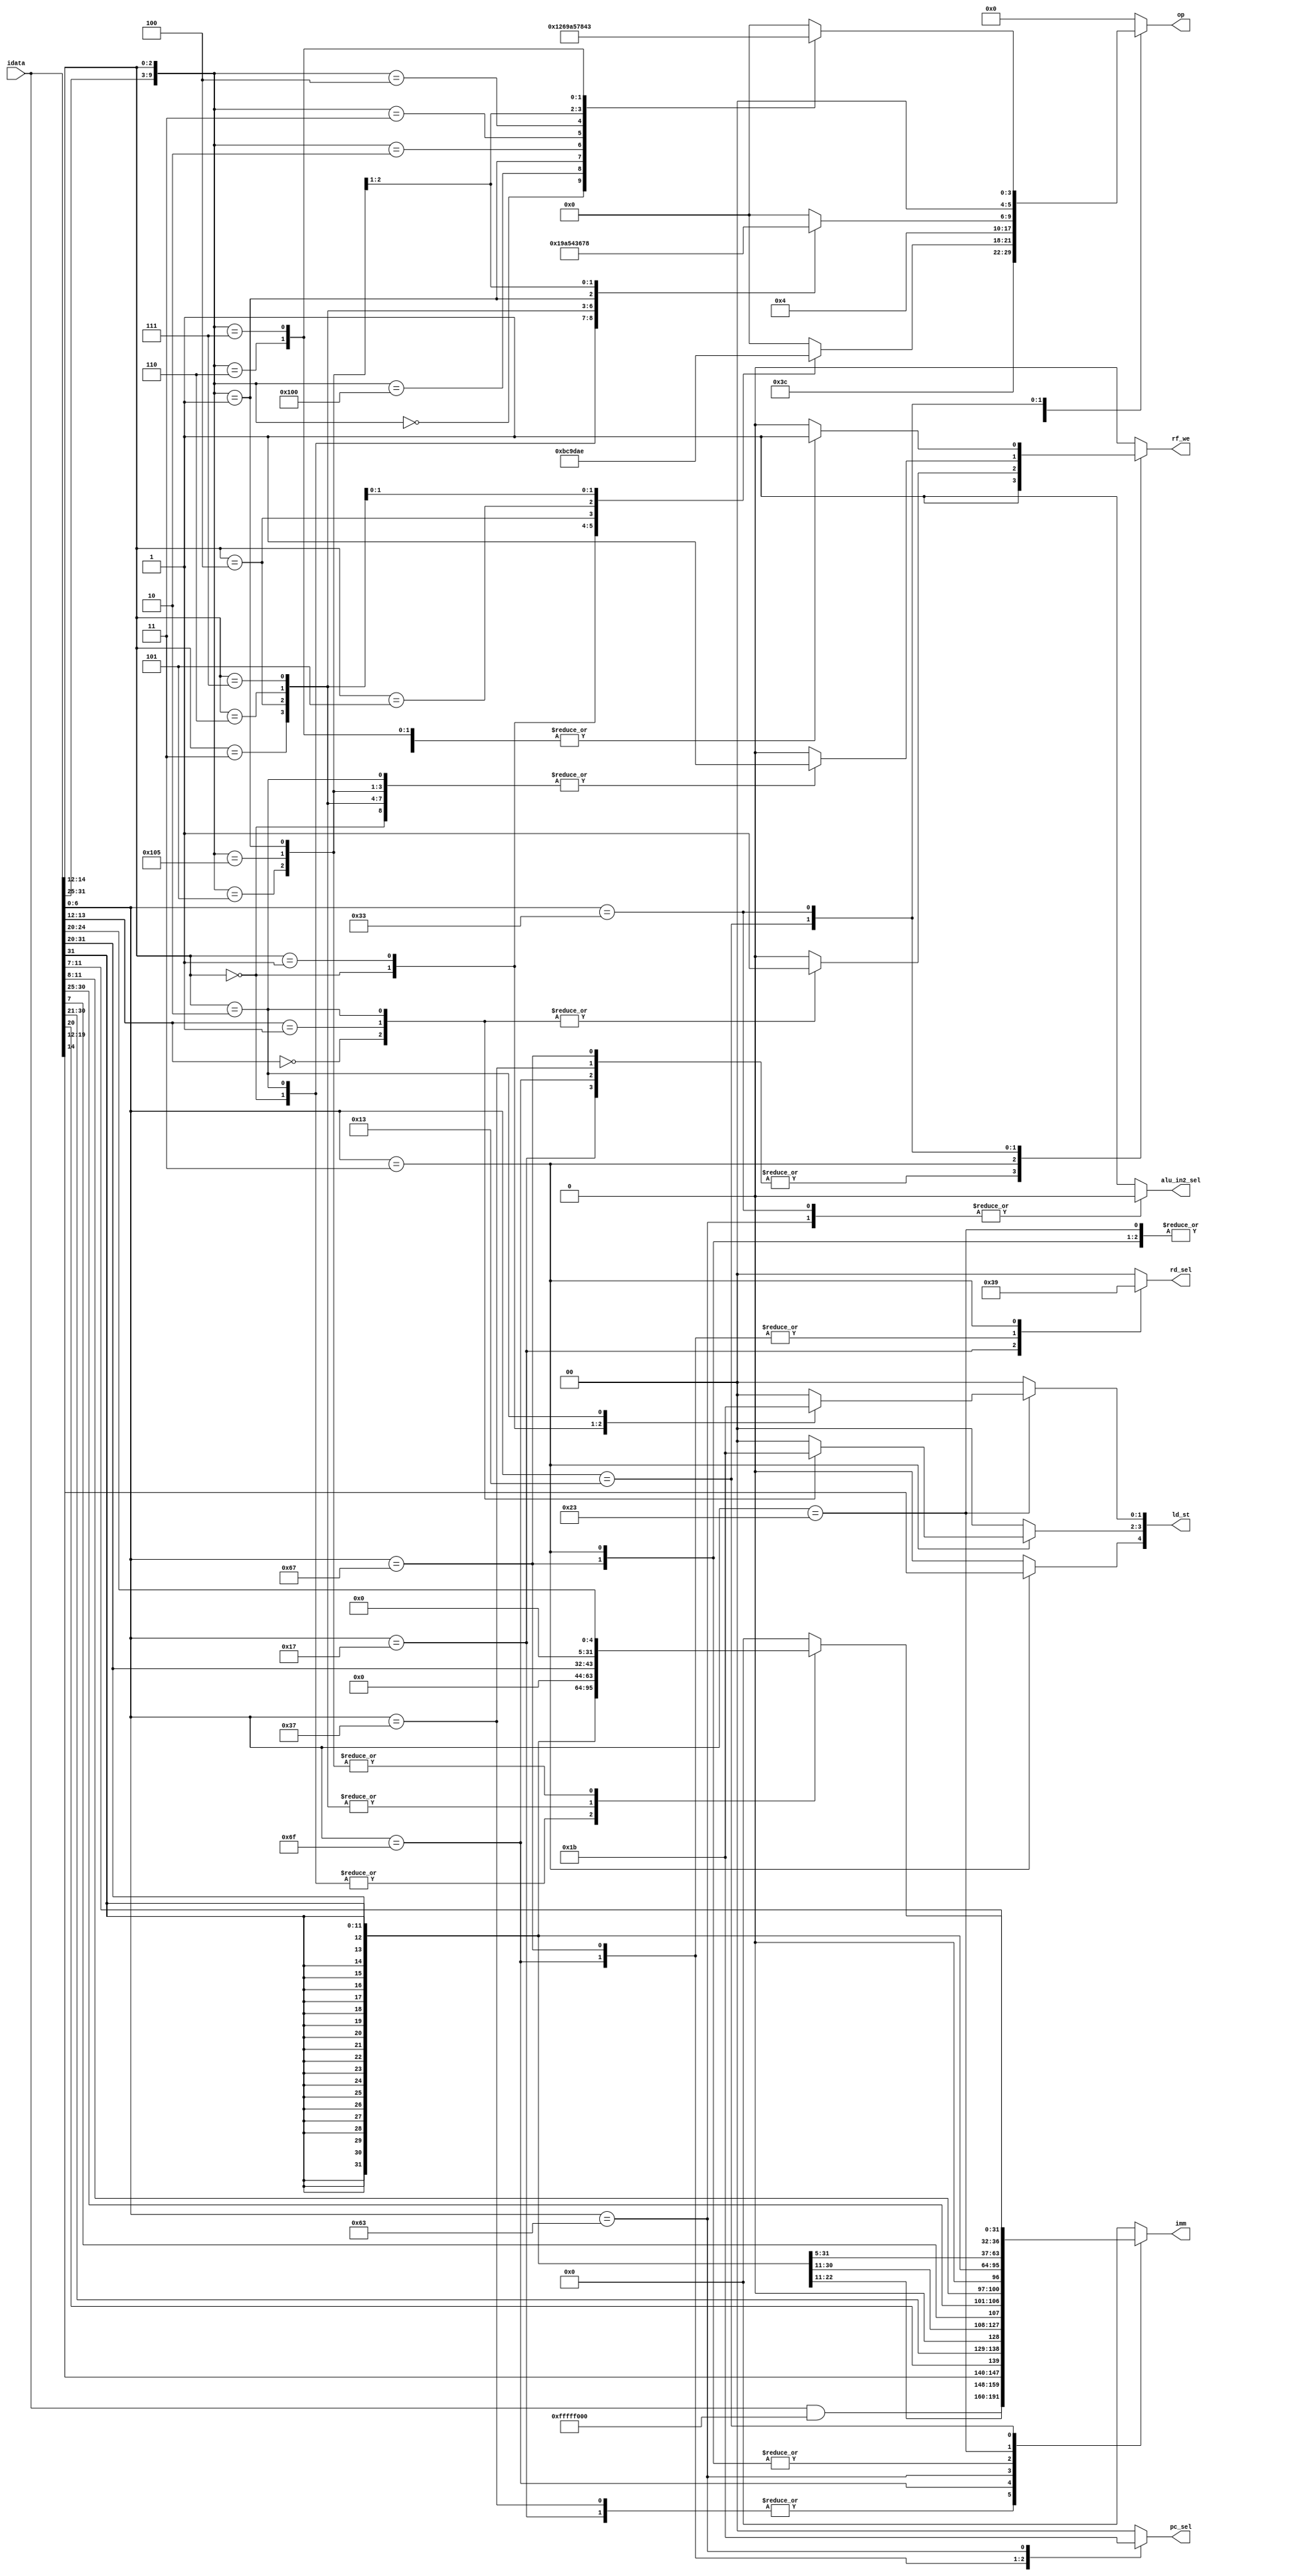
// `include "parameters.v"

module Decoder (

    input [31:0] idata,
    
    output reg [5:0] op,        // for alu
    output reg alu_in2_sel,
    output reg [31:0] imm,

    output reg [4:0] ld_st,    // for shifter
    
    output reg [1:0] rd_sel,
    output reg rf_we,           // we for rf
    output reg [1:0] pc_sel     
);
        
    always @(*) begin
        imm<=0;

        op<=0;
        alu_in2_sel<=1;//default input is imm
        
        rd_sel<=0;  // def output of alu
        rf_we<=0;   // def for rf_write
        
        pc_sel<=0;  //by default normal increment
        ld_st<=0;

        casez (idata[6:0])
            7'b0110111: begin // LUI
                            imm <= idata&32'hfffff000;
                            op <= 15;
                            rf_we<=1;
                        end
            7'b0010111: begin // AUIPC
                            imm <= idata&32'hfffff000;
                            rd_sel <= 3;
                            rf_we<=1;
                        end 
            7'b1101111: begin  // JAL
                            rf_we <= 1;
                            rd_sel <= 2;
                            pc_sel <= 1;
                            imm <= {{12{idata[31]}},idata[19:12],idata[20],idata[30:21],1'b0};
                        end
            7'b1100111: begin // JALR
                            rf_we <= 1;
                            rd_sel <= 2;
                            pc_sel <= 2; // pc+off can be from alu
                            op<=1;       // if pc is set from alu
                            imm <= {{20{idata[31]}},idata[31:20]};
                        end
            7'b1100011: begin
                            imm <= {{20{idata[31]}},idata[7],idata[30:25],idata[11:8],1'b0};
                            case (idata[14:12])
                                3'b000 : op<=11;    //BEQ
                                3'b001 : op<=12;    //BNE
                                3'b100 : op<=9;     //BLT
                                3'b101 : op<=13;    //BGE
                                3'b110 : op<=10;     //BLTU
                                3'b111 : op<=14;    //BGEU
                                default: op<=0;
                            endcase
                            alu_in2_sel<=0; //selecting rs1 instead of imm
                            
                            pc_sel <=3; // needs to check alu_out before branching
                        end

            7'b0000011: begin//loading
                        imm <= {{20{idata[31]}},idata[31:20]};// common for all load operations
                        op<=1 ; // add rs1+alu_in2(imm);
                        rd_sel<=1;
                        ld_st[4]<=idata[14]; // to indicate unsigned(1) or signed(0)
                        rf_we<=1; //forwarding_addr[1]<=1;
                        casez (idata[14:12])
                            3'bz00: ld_st[3:2]<=1; //LB(0)&LBU(1)
                            3'bz01: ld_st[3:2]<=2; //LH(0)&LHU(1)
                            3'b010: ld_st[3:2]<=3;    
                            default: begin ld_st[3:2]<=0;
                                        rf_we<=0;//forwarding_addr[1]<=1;
                                     end
                        endcase
                        end

            7'b0100011: begin //storing
                        imm <= {{20{idata[31]}},idata[31:25],idata[11:7]};
                        op<=1;
                        //forwarding_addr[1]<=1;
                        case (idata[14:12])
                            3'b000: ld_st[1:0]<=1;
                            3'b001: ld_st[1:0]<=2;
                            3'b010: ld_st[1:0]<=3;
                            default: begin ld_st[1:0]<=0;
                                       //forwarding_addr[1]<=1;
                                     end
                        endcase                     
                        end

            7'b0010011: begin
                rf_we <= 1; // can shift this to every case for more certainity
                rd_sel <= 0; // redn
                alu_in2_sel <=1;///redn
                casez({idata[31:25],idata[14:12]})
                    10'bzzzzzzz000: begin op<=1; // ADDI
                                        imm <= {{20{idata[31]}},idata[31:20]};
                                    end
                    10'bzzzzzzz010: begin op<=9; // SLTI
                                        imm <= {{20{idata[31]}},idata[31:20]};
                                    end
                    10'bzzzzzzz011: begin op<=10; // SLTIU
                                        imm <= {20'b0,idata[31:20]};  
                                    end
                    10'bzzzzzzz100: begin op<=5; // XORI
                                        imm <= {20'b0,idata[31:20]};  
                                    end
                    10'bzzzzzzz110: begin op<=4; // ORI
                                        imm <= {20'b0,idata[31:20]};
                                    end
                    10'bzzzzzzz111: begin op<=3; // ANDI
                                        imm <= {20'b0,idata[31:20]};
                                    end
                    10'b0000000001: begin op<=6; // SLLI
                                        imm <= {27'b0,idata[24:20]};
                                    end 
                    10'b0000000101: begin op<=7; // SRLI
                                        imm <= {27'b0,idata[24:20]};
                                    end
                    10'b0100000101: begin op<=8; // SRAI
                                        imm <= {27'b0,idata[24:20]};
                                    end
                    default: rf_we <= 0;//for safety
                endcase
                end
            7'b0110011: begin
                rf_we <= 1;
                rd_sel <= 0; // redn
                alu_in2_sel <=0;
                
                case({idata[31:25],idata[14:12]})
                    10'b0000000000: op<=1; // ADD
                    10'b0100000000: op<=2; // SUB
                    17'b0000000001: op<=6; // SLL
                    17'b0000000010: op<=9; // SLT
                    17'b0000000011: op<=10; // SLTU
                    17'b0000000100: op<=5; // XOR
                    17'b0000000101: op<=7; // SRL
                    17'b0100000101: op<=8; // SRA
                    17'b0000000110: op<=4; // OR
                    17'b0000000111: op<=3; // AND
                    default: rf_we<=0;
                    //17'bzzzzzzz0000001111: op<=38; // FENCE
                    //17'b00000000001110011: op<=39; // ECALL
                    //17'b00000010001110011: op<=40; // EBREAK
                endcase
                end
            default: op<=0;
        endcase
    end

endmodule